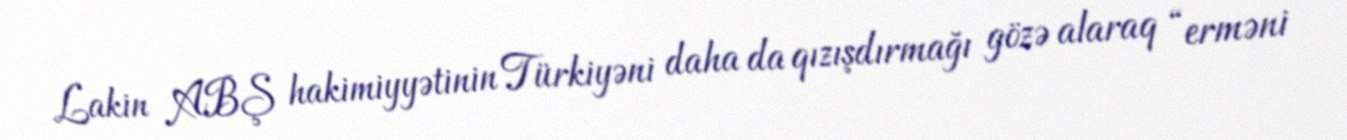
Lakin ABŞ hakimiyyətinin Türkiyəni daha da qızışdırmağı gözə alaraq “erməni